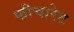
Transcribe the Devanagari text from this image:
फीचारेट